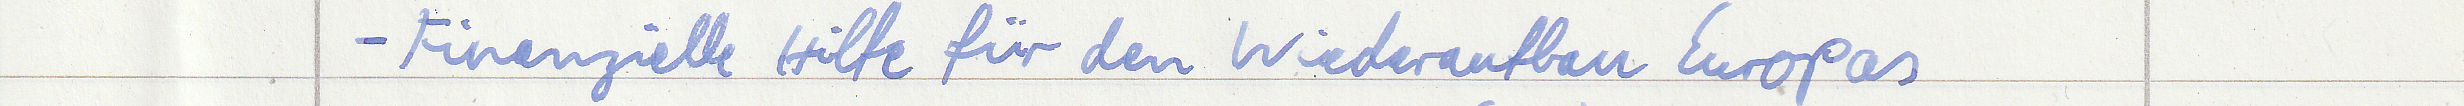
- Finanzielle Hilfe für den Wiederaufbau Europas